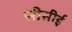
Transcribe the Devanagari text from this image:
सीसीई